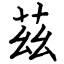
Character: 茲